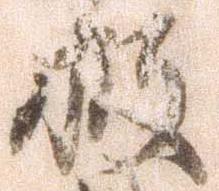
被